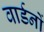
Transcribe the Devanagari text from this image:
वार्डनों